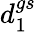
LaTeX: d_{1}^{gs}